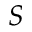
S